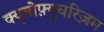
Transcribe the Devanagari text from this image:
क्यूबोफ़्यूचरिज़म